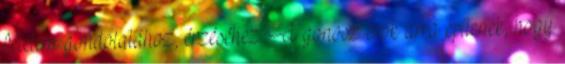
félelem gondolatához, érzéséhez. A gonosz erők arra építenek, hogy